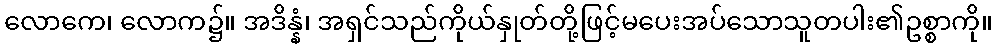
လောကေ၊ လောက၌။ အဒိန္နံ၊ အရှင်သည်ကိုယ်နှုတ်တို့ဖြင့်မပေးအပ်သောသူတပါး၏ဥစ္စာကို။